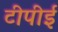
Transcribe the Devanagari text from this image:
टीपीई